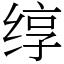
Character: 𬘯